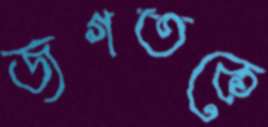
জগতকে